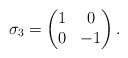
LaTeX: \begin{gather*}\sigma_3 = \left(\begin{matrix}1 & 0\\0 & -1\end{matrix}\right).\end{gather*}